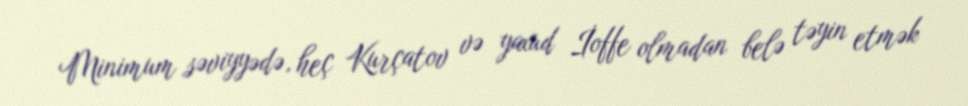
Minimum səviyyədə, heç Kurçatov və yaxud İoffe olmadan belə təyin etmək